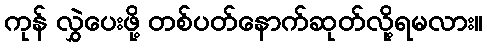
ကုန် လွှဲပေးဖို့ တစ်ပတ်နောက်ဆုတ်လို့ရမလား။